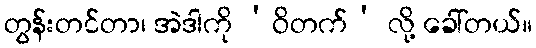
တွန်းတင်တာ၊ အဲဒါကို ‘ဝိတက်’ လို့ ခေါ်တယ်။